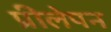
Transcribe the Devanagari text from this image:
प्रीलेपन